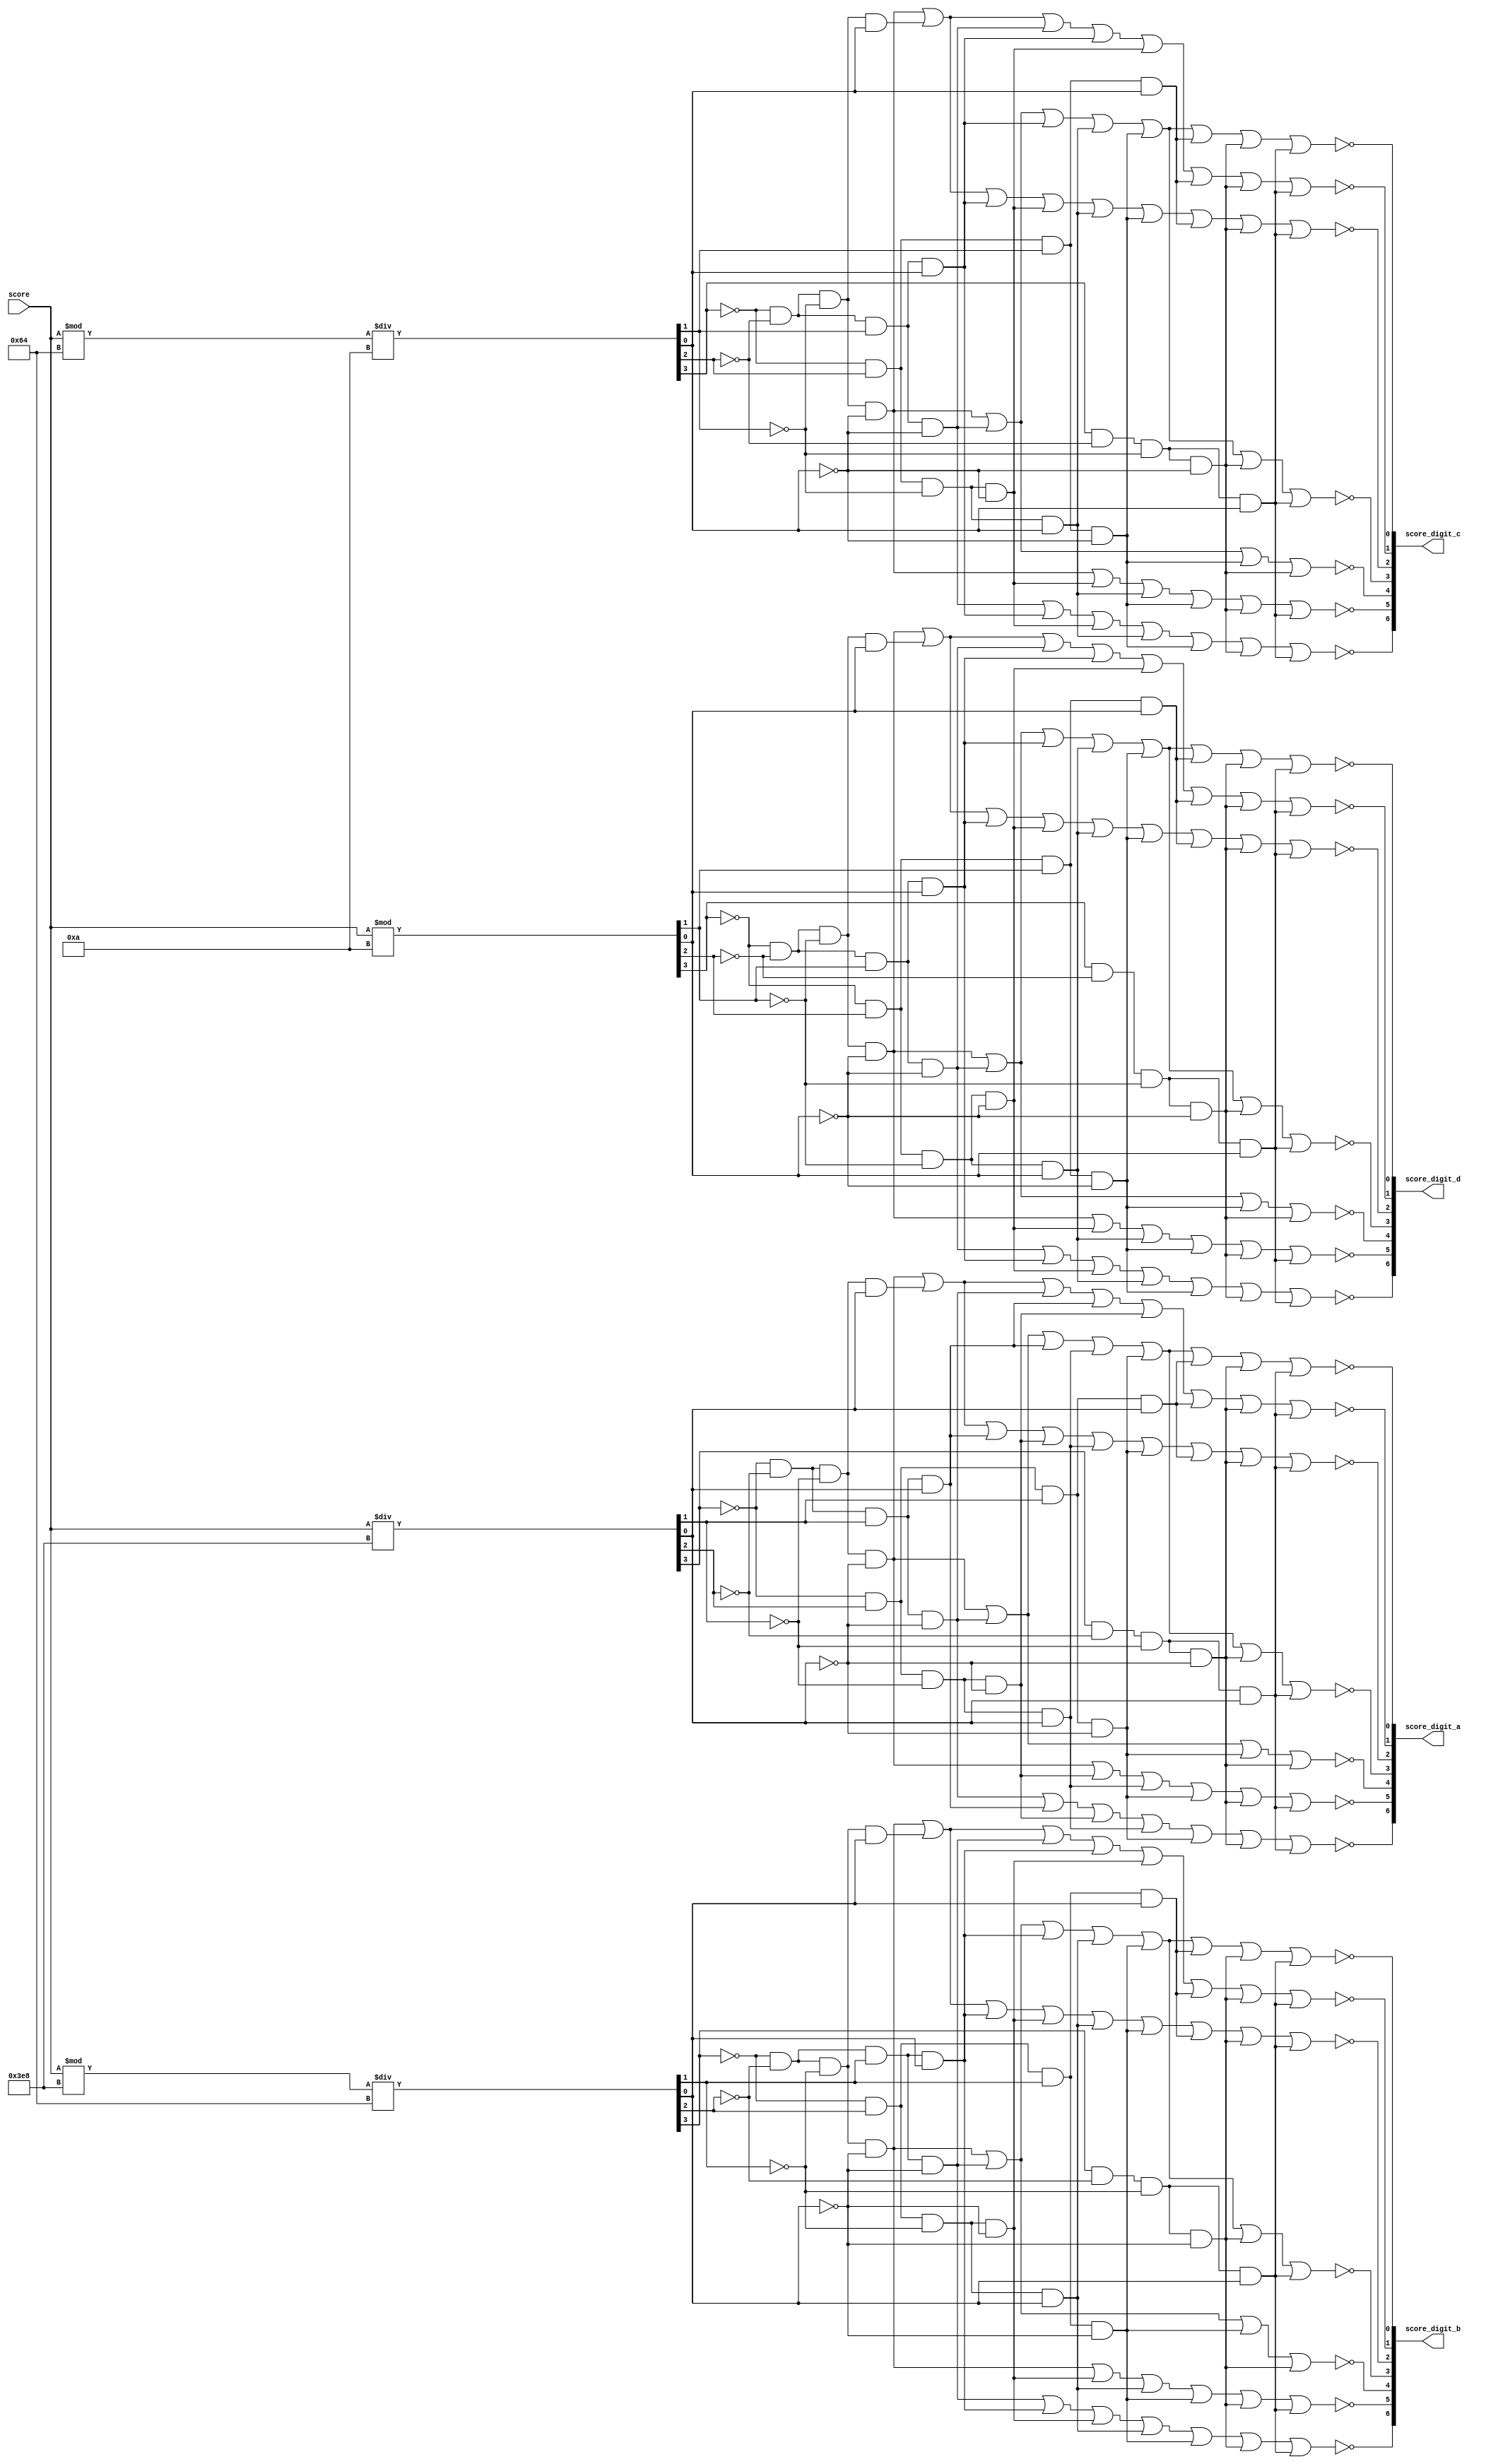
module score_converter(score, score_digit_a, score_digit_b, score_digit_c, score_digit_d);

	// displayed (left to right) as A B C D (D is least significant digit)

	input [31:0] score;
	output [6:0] score_digit_a, score_digit_b, score_digit_c, score_digit_d;
	
	wire [3:0] score_ones, score_tens, score_hundreds, score_thousands;
	
	assign score_ones = score % 32'd10;
	assign score_tens = (score % 32'd100) / 32'd10;
	assign score_hundreds = (score % 32'd1000) / 32'd100;
	assign score_thousands = score / 32'd1000;
	
	assign score_digit_d[0] = ~((~score_ones[3] && ~score_ones[2] && ~score_ones[1] && ~score_ones[0]) || 
				(~score_ones[3] && ~score_ones[2] && score_ones[1] && ~score_ones[0]) || 
				(~score_ones[3] && ~score_ones[2] && score_ones[1] && score_ones[0]) || 
				(~score_ones[3] && score_ones[2] && ~score_ones[1] && score_ones[0]) || 
				(~score_ones[3] && score_ones[2] && score_ones[1] && ~score_ones[0]) || 
				(~score_ones[3] && score_ones[2] && score_ones[1] && score_ones[0]) || 
				(score_ones[3] && ~score_ones[2] && ~score_ones[1] && ~score_ones[0]) || 
				(score_ones[3] && ~score_ones[2] && ~score_ones[1] && score_ones[0])); // 0 2 3 5 6 7 8 9
	assign score_digit_d[1] = ~((~score_ones[3] && ~score_ones[2] && ~score_ones[1] && ~score_ones[0]) || 
				(~score_ones[3] && ~score_ones[2] && ~score_ones[1] && score_ones[0]) || 
				(~score_ones[3] && ~score_ones[2] && score_ones[1] && ~score_ones[0]) || 
				(~score_ones[3] && ~score_ones[2] && score_ones[1] && score_ones[0]) || 
				(~score_ones[3] && score_ones[2] && ~score_ones[1] && ~score_ones[0]) || 
				(~score_ones[3] && score_ones[2] && score_ones[1] && score_ones[0]) || 
				(score_ones[3] && ~score_ones[2] && ~score_ones[1] && ~score_ones[0]) || 
				(score_ones[3] && ~score_ones[2] && ~score_ones[1] && score_ones[0])); // 0 1 2 3 4 7 8 9
	assign score_digit_d[2] = ~((~score_ones[3] && ~score_ones[2] && ~score_ones[1] && ~score_ones[0]) || 
				(~score_ones[3] && ~score_ones[2] && ~score_ones[1] && score_ones[0]) || 
				(~score_ones[3] && ~score_ones[2] && score_ones[1] && score_ones[0]) || 
				(~score_ones[3] && score_ones[2] && ~score_ones[1] && ~score_ones[0]) || 
				(~score_ones[3] && score_ones[2] && ~score_ones[1] && score_ones[0]) || 
				(~score_ones[3] && score_ones[2] && score_ones[1] && ~score_ones[0]) ||
				(~score_ones[3] && score_ones[2] && score_ones[1] && score_ones[0]) ||
				(score_ones[3] && ~score_ones[2] && ~score_ones[1] && ~score_ones[0]) || 
				(score_ones[3] && ~score_ones[2] && ~score_ones[1] && score_ones[0])); // 0 1 3 4 5 6 7 8 9
	assign score_digit_d[3] = ~((~score_ones[3] && ~score_ones[2] && ~score_ones[1] && ~score_ones[0]) || 
				(~score_ones[3] && ~score_ones[2] && score_ones[1] && ~score_ones[0]) || 
				(~score_ones[3] && ~score_ones[2] && score_ones[1] && score_ones[0]) || 
				(~score_ones[3] && score_ones[2] && ~score_ones[1] && score_ones[0]) || 
				(~score_ones[3] && score_ones[2] && score_ones[1] && ~score_ones[0]) || 
				(score_ones[3] && ~score_ones[2] && ~score_ones[1] && ~score_ones[0]) || 
				(score_ones[3] && ~score_ones[2] && ~score_ones[1] && score_ones[0])); // 0 2 3 5 6 8 9
	assign score_digit_d[4] = ~((~score_ones[3] && ~score_ones[2] && ~score_ones[1] && ~score_ones[0]) || 
				(~score_ones[3] && ~score_ones[2] && score_ones[1] && ~score_ones[0]) || 
				(~score_ones[3] && score_ones[2] && score_ones[1] && ~score_ones[0]) || 
				(score_ones[3] && ~score_ones[2] && ~score_ones[1] && ~score_ones[0])); // 0 2 6 8 
	assign score_digit_d[5] = ~((~score_ones[3] && ~score_ones[2] && ~score_ones[1] && ~score_ones[0]) || 
				(~score_ones[3] && score_ones[2] && ~score_ones[1] && ~score_ones[0]) || 
				(~score_ones[3] && score_ones[2] && ~score_ones[1] && score_ones[0]) || 
				(~score_ones[3] && score_ones[2] && score_ones[1] && ~score_ones[0]) ||
				(score_ones[3] && ~score_ones[2] && ~score_ones[1] && ~score_ones[0]) || 
				(score_ones[3] && ~score_ones[2] && ~score_ones[1] && score_ones[0])); // 0 4 5 6 8 9
	assign score_digit_d[6] = ~((~score_ones[3] && ~score_ones[2] && score_ones[1] && ~score_ones[0]) || 
				(~score_ones[3] && ~score_ones[2] && score_ones[1] && score_ones[0]) || 
				(~score_ones[3] && score_ones[2] && ~score_ones[1] && ~score_ones[0]) || 
				(~score_ones[3] && score_ones[2] && ~score_ones[1] && score_ones[0]) || 
				(~score_ones[3] && score_ones[2] && score_ones[1] && ~score_ones[0]) || 
				(score_ones[3] && ~score_ones[2] && ~score_ones[1] && ~score_ones[0]) || 
				(score_ones[3] && ~score_ones[2] && ~score_ones[1] && score_ones[0])); // 2 3 4 5 6 8 9
				
	assign score_digit_c[0] = ~((~score_tens[3] && ~score_tens[2] && ~score_tens[1] && ~score_tens[0]) || 
				(~score_tens[3] && ~score_tens[2] && score_tens[1] && ~score_tens[0]) || 
				(~score_tens[3] && ~score_tens[2] && score_tens[1] && score_tens[0]) || 
				(~score_tens[3] && score_tens[2] && ~score_tens[1] && score_tens[0]) || 
				(~score_tens[3] && score_tens[2] && score_tens[1] && ~score_tens[0]) || 
				(~score_tens[3] && score_tens[2] && score_tens[1] && score_tens[0]) || 
				(score_tens[3] && ~score_tens[2] && ~score_tens[1] && ~score_tens[0]) || 
				(score_tens[3] && ~score_tens[2] && ~score_tens[1] && score_tens[0])); // 0 2 3 5 6 7 8 9
	assign score_digit_c[1] = ~((~score_tens[3] && ~score_tens[2] && ~score_tens[1] && ~score_tens[0]) || 
				(~score_tens[3] && ~score_tens[2] && ~score_tens[1] && score_tens[0]) || 
				(~score_tens[3] && ~score_tens[2] && score_tens[1] && ~score_tens[0]) || 
				(~score_tens[3] && ~score_tens[2] && score_tens[1] && score_tens[0]) || 
				(~score_tens[3] && score_tens[2] && ~score_tens[1] && ~score_tens[0]) || 
				(~score_tens[3] && score_tens[2] && score_tens[1] && score_tens[0]) || 
				(score_tens[3] && ~score_tens[2] && ~score_tens[1] && ~score_tens[0]) || 
				(score_tens[3] && ~score_tens[2] && ~score_tens[1] && score_tens[0])); // 0 1 2 3 4 7 8 9
	assign score_digit_c[2] = ~((~score_tens[3] && ~score_tens[2] && ~score_tens[1] && ~score_tens[0]) || 
				(~score_tens[3] && ~score_tens[2] && ~score_tens[1] && score_tens[0]) || 
				(~score_tens[3] && ~score_tens[2] && score_tens[1] && score_tens[0]) || 
				(~score_tens[3] && score_tens[2] && ~score_tens[1] && ~score_tens[0]) || 
				(~score_tens[3] && score_tens[2] && ~score_tens[1] && score_tens[0]) || 
				(~score_tens[3] && score_tens[2] && score_tens[1] && ~score_tens[0]) ||
				(~score_tens[3] && score_tens[2] && score_tens[1] && score_tens[0]) ||
				(score_tens[3] && ~score_tens[2] && ~score_tens[1] && ~score_tens[0]) || 
				(score_tens[3] && ~score_tens[2] && ~score_tens[1] && score_tens[0])); // 0 1 3 4 5 6 7 8 9
	assign score_digit_c[3] = ~((~score_tens[3] && ~score_tens[2] && ~score_tens[1] && ~score_tens[0]) || 
				(~score_tens[3] && ~score_tens[2] && score_tens[1] && ~score_tens[0]) || 
				(~score_tens[3] && ~score_tens[2] && score_tens[1] && score_tens[0]) || 
				(~score_tens[3] && score_tens[2] && ~score_tens[1] && score_tens[0]) || 
				(~score_tens[3] && score_tens[2] && score_tens[1] && ~score_tens[0]) || 
				(score_tens[3] && ~score_tens[2] && ~score_tens[1] && ~score_tens[0]) || 
				(score_tens[3] && ~score_tens[2] && ~score_tens[1] && score_tens[0])); // 0 2 3 5 6 8 9
	assign score_digit_c[4] = ~((~score_tens[3] && ~score_tens[2] && ~score_tens[1] && ~score_tens[0]) || 
				(~score_tens[3] && ~score_tens[2] && score_tens[1] && ~score_tens[0]) || 
				(~score_tens[3] && score_tens[2] && score_tens[1] && ~score_tens[0]) || 
				(score_tens[3] && ~score_tens[2] && ~score_tens[1] && ~score_tens[0])); // 0 2 6 8 
	assign score_digit_c[5] = ~((~score_tens[3] && ~score_tens[2] && ~score_tens[1] && ~score_tens[0]) || 
				(~score_tens[3] && score_tens[2] && ~score_tens[1] && ~score_tens[0]) || 
				(~score_tens[3] && score_tens[2] && ~score_tens[1] && score_tens[0]) || 
				(~score_tens[3] && score_tens[2] && score_tens[1] && ~score_tens[0]) ||
				(score_tens[3] && ~score_tens[2] && ~score_tens[1] && ~score_tens[0]) || 
				(score_tens[3] && ~score_tens[2] && ~score_tens[1] && score_tens[0])); // 0 4 5 6 8 9
	assign score_digit_c[6] = ~((~score_tens[3] && ~score_tens[2] && score_tens[1] && ~score_tens[0]) || 
				(~score_tens[3] && ~score_tens[2] && score_tens[1] && score_tens[0]) || 
				(~score_tens[3] && score_tens[2] && ~score_tens[1] && ~score_tens[0]) || 
				(~score_tens[3] && score_tens[2] && ~score_tens[1] && score_tens[0]) || 
				(~score_tens[3] && score_tens[2] && score_tens[1] && ~score_tens[0]) || 
				(score_tens[3] && ~score_tens[2] && ~score_tens[1] && ~score_tens[0]) || 
				(score_tens[3] && ~score_tens[2] && ~score_tens[1] && score_tens[0])); // 2 3 4 5 6 8 9
				
	assign score_digit_b[0] = ~((~score_hundreds[3] && ~score_hundreds[2] && ~score_hundreds[1] && ~score_hundreds[0]) || 
				(~score_hundreds[3] && ~score_hundreds[2] && score_hundreds[1] && ~score_hundreds[0]) || 
				(~score_hundreds[3] && ~score_hundreds[2] && score_hundreds[1] && score_hundreds[0]) || 
				(~score_hundreds[3] && score_hundreds[2] && ~score_hundreds[1] && score_hundreds[0]) || 
				(~score_hundreds[3] && score_hundreds[2] && score_hundreds[1] && ~score_hundreds[0]) || 
				(~score_hundreds[3] && score_hundreds[2] && score_hundreds[1] && score_hundreds[0]) || 
				(score_hundreds[3] && ~score_hundreds[2] && ~score_hundreds[1] && ~score_hundreds[0]) || 
				(score_hundreds[3] && ~score_hundreds[2] && ~score_hundreds[1] && score_hundreds[0])); // 0 2 3 5 6 7 8 9
	assign score_digit_b[1] = ~((~score_hundreds[3] && ~score_hundreds[2] && ~score_hundreds[1] && ~score_hundreds[0]) || 
				(~score_hundreds[3] && ~score_hundreds[2] && ~score_hundreds[1] && score_hundreds[0]) || 
				(~score_hundreds[3] && ~score_hundreds[2] && score_hundreds[1] && ~score_hundreds[0]) || 
				(~score_hundreds[3] && ~score_hundreds[2] && score_hundreds[1] && score_hundreds[0]) || 
				(~score_hundreds[3] && score_hundreds[2] && ~score_hundreds[1] && ~score_hundreds[0]) || 
				(~score_hundreds[3] && score_hundreds[2] && score_hundreds[1] && score_hundreds[0]) || 
				(score_hundreds[3] && ~score_hundreds[2] && ~score_hundreds[1] && ~score_hundreds[0]) || 
				(score_hundreds[3] && ~score_hundreds[2] && ~score_hundreds[1] && score_hundreds[0])); // 0 1 2 3 4 7 8 9
	assign score_digit_b[2] = ~((~score_hundreds[3] && ~score_hundreds[2] && ~score_hundreds[1] && ~score_hundreds[0]) || 
				(~score_hundreds[3] && ~score_hundreds[2] && ~score_hundreds[1] && score_hundreds[0]) || 
				(~score_hundreds[3] && ~score_hundreds[2] && score_hundreds[1] && score_hundreds[0]) || 
				(~score_hundreds[3] && score_hundreds[2] && ~score_hundreds[1] && ~score_hundreds[0]) || 
				(~score_hundreds[3] && score_hundreds[2] && ~score_hundreds[1] && score_hundreds[0]) || 
				(~score_hundreds[3] && score_hundreds[2] && score_hundreds[1] && ~score_hundreds[0]) ||
				(~score_hundreds[3] && score_hundreds[2] && score_hundreds[1] && score_hundreds[0]) ||
				(score_hundreds[3] && ~score_hundreds[2] && ~score_hundreds[1] && ~score_hundreds[0]) || 
				(score_hundreds[3] && ~score_hundreds[2] && ~score_hundreds[1] && score_hundreds[0])); // 0 1 3 4 5 6 7 8 9
	assign score_digit_b[3] = ~((~score_hundreds[3] && ~score_hundreds[2] && ~score_hundreds[1] && ~score_hundreds[0]) || 
				(~score_hundreds[3] && ~score_hundreds[2] && score_hundreds[1] && ~score_hundreds[0]) || 
				(~score_hundreds[3] && ~score_hundreds[2] && score_hundreds[1] && score_hundreds[0]) || 
				(~score_hundreds[3] && score_hundreds[2] && ~score_hundreds[1] && score_hundreds[0]) || 
				(~score_hundreds[3] && score_hundreds[2] && score_hundreds[1] && ~score_hundreds[0]) || 
				(score_hundreds[3] && ~score_hundreds[2] && ~score_hundreds[1] && ~score_hundreds[0]) || 
				(score_hundreds[3] && ~score_hundreds[2] && ~score_hundreds[1] && score_hundreds[0])); // 0 2 3 5 6 8 9
	assign score_digit_b[4] = ~((~score_hundreds[3] && ~score_hundreds[2] && ~score_hundreds[1] && ~score_hundreds[0]) || 
				(~score_hundreds[3] && ~score_hundreds[2] && score_hundreds[1] && ~score_hundreds[0]) || 
				(~score_hundreds[3] && score_hundreds[2] && score_hundreds[1] && ~score_hundreds[0]) || 
				(score_hundreds[3] && ~score_hundreds[2] && ~score_hundreds[1] && ~score_hundreds[0])); // 0 2 6 8 
	assign score_digit_b[5] = ~((~score_hundreds[3] && ~score_hundreds[2] && ~score_hundreds[1] && ~score_hundreds[0]) || 
				(~score_hundreds[3] && score_hundreds[2] && ~score_hundreds[1] && ~score_hundreds[0]) || 
				(~score_hundreds[3] && score_hundreds[2] && ~score_hundreds[1] && score_hundreds[0]) || 
				(~score_hundreds[3] && score_hundreds[2] && score_hundreds[1] && ~score_hundreds[0]) ||
				(score_hundreds[3] && ~score_hundreds[2] && ~score_hundreds[1] && ~score_hundreds[0]) || 
				(score_hundreds[3] && ~score_hundreds[2] && ~score_hundreds[1] && score_hundreds[0])); // 0 4 5 6 8 9
	assign score_digit_b[6] = ~((~score_hundreds[3] && ~score_hundreds[2] && score_hundreds[1] && ~score_hundreds[0]) || 
				(~score_hundreds[3] && ~score_hundreds[2] && score_hundreds[1] && score_hundreds[0]) || 
				(~score_hundreds[3] && score_hundreds[2] && ~score_hundreds[1] && ~score_hundreds[0]) || 
				(~score_hundreds[3] && score_hundreds[2] && ~score_hundreds[1] && score_hundreds[0]) || 
				(~score_hundreds[3] && score_hundreds[2] && score_hundreds[1] && ~score_hundreds[0]) || 
				(score_hundreds[3] && ~score_hundreds[2] && ~score_hundreds[1] && ~score_hundreds[0]) || 
				(score_hundreds[3] && ~score_hundreds[2] && ~score_hundreds[1] && score_hundreds[0])); // 2 3 4 5 6 8 9
				
	assign score_digit_a[0] = ~((~score_thousands[3] && ~score_thousands[2] && ~score_thousands[1] && ~score_thousands[0]) || 
				(~score_thousands[3] && ~score_thousands[2] && score_thousands[1] && ~score_thousands[0]) || 
				(~score_thousands[3] && ~score_thousands[2] && score_thousands[1] && score_thousands[0]) || 
				(~score_thousands[3] && score_thousands[2] && ~score_thousands[1] && score_thousands[0]) || 
				(~score_thousands[3] && score_thousands[2] && score_thousands[1] && ~score_thousands[0]) || 
				(~score_thousands[3] && score_thousands[2] && score_thousands[1] && score_thousands[0]) || 
				(score_thousands[3] && ~score_thousands[2] && ~score_thousands[1] && ~score_thousands[0]) || 
				(score_thousands[3] && ~score_thousands[2] && ~score_thousands[1] && score_thousands[0])); // 0 2 3 5 6 7 8 9
	assign score_digit_a[1] = ~((~score_thousands[3] && ~score_thousands[2] && ~score_thousands[1] && ~score_thousands[0]) || 
				(~score_thousands[3] && ~score_thousands[2] && ~score_thousands[1] && score_thousands[0]) || 
				(~score_thousands[3] && ~score_thousands[2] && score_thousands[1] && ~score_thousands[0]) || 
				(~score_thousands[3] && ~score_thousands[2] && score_thousands[1] && score_thousands[0]) || 
				(~score_thousands[3] && score_thousands[2] && ~score_thousands[1] && ~score_thousands[0]) || 
				(~score_thousands[3] && score_thousands[2] && score_thousands[1] && score_thousands[0]) || 
				(score_thousands[3] && ~score_thousands[2] && ~score_thousands[1] && ~score_thousands[0]) || 
				(score_thousands[3] && ~score_thousands[2] && ~score_thousands[1] && score_thousands[0])); // 0 1 2 3 4 7 8 9
	assign score_digit_a[2] = ~((~score_thousands[3] && ~score_thousands[2] && ~score_thousands[1] && ~score_thousands[0]) || 
				(~score_thousands[3] && ~score_thousands[2] && ~score_thousands[1] && score_thousands[0]) || 
				(~score_thousands[3] && ~score_thousands[2] && score_thousands[1] && score_thousands[0]) || 
				(~score_thousands[3] && score_thousands[2] && ~score_thousands[1] && ~score_thousands[0]) || 
				(~score_thousands[3] && score_thousands[2] && ~score_thousands[1] && score_thousands[0]) || 
				(~score_thousands[3] && score_thousands[2] && score_thousands[1] && ~score_thousands[0]) ||
				(~score_thousands[3] && score_thousands[2] && score_thousands[1] && score_thousands[0]) ||
				(score_thousands[3] && ~score_thousands[2] && ~score_thousands[1] && ~score_thousands[0]) || 
				(score_thousands[3] && ~score_thousands[2] && ~score_thousands[1] && score_thousands[0])); // 0 1 3 4 5 6 7 8 9
	assign score_digit_a[3] = ~((~score_thousands[3] && ~score_thousands[2] && ~score_thousands[1] && ~score_thousands[0]) || 
				(~score_thousands[3] && ~score_thousands[2] && score_thousands[1] && ~score_thousands[0]) || 
				(~score_thousands[3] && ~score_thousands[2] && score_thousands[1] && score_thousands[0]) || 
				(~score_thousands[3] && score_thousands[2] && ~score_thousands[1] && score_thousands[0]) || 
				(~score_thousands[3] && score_thousands[2] && score_thousands[1] && ~score_thousands[0]) || 
				(score_thousands[3] && ~score_thousands[2] && ~score_thousands[1] && ~score_thousands[0]) || 
				(score_thousands[3] && ~score_thousands[2] && ~score_thousands[1] && score_thousands[0])); // 0 2 3 5 6 8 9
	assign score_digit_a[4] = ~((~score_thousands[3] && ~score_thousands[2] && ~score_thousands[1] && ~score_thousands[0]) || 
				(~score_thousands[3] && ~score_thousands[2] && score_thousands[1] && ~score_thousands[0]) || 
				(~score_thousands[3] && score_thousands[2] && score_thousands[1] && ~score_thousands[0]) || 
				(score_thousands[3] && ~score_thousands[2] && ~score_thousands[1] && ~score_thousands[0])); // 0 2 6 8 
	assign score_digit_a[5] = ~((~score_thousands[3] && ~score_thousands[2] && ~score_thousands[1] && ~score_thousands[0]) || 
				(~score_thousands[3] && score_thousands[2] && ~score_thousands[1] && ~score_thousands[0]) || 
				(~score_thousands[3] && score_thousands[2] && ~score_thousands[1] && score_thousands[0]) || 
				(~score_thousands[3] && score_thousands[2] && score_thousands[1] && ~score_thousands[0]) ||
				(score_thousands[3] && ~score_thousands[2] && ~score_thousands[1] && ~score_thousands[0]) || 
				(score_thousands[3] && ~score_thousands[2] && ~score_thousands[1] && score_thousands[0])); // 0 4 5 6 8 9
	assign score_digit_a[6] = ~((~score_thousands[3] && ~score_thousands[2] && score_thousands[1] && ~score_thousands[0]) || 
				(~score_thousands[3] && ~score_thousands[2] && score_thousands[1] && score_thousands[0]) || 
				(~score_thousands[3] && score_thousands[2] && ~score_thousands[1] && ~score_thousands[0]) || 
				(~score_thousands[3] && score_thousands[2] && ~score_thousands[1] && score_thousands[0]) || 
				(~score_thousands[3] && score_thousands[2] && score_thousands[1] && ~score_thousands[0]) || 
				(score_thousands[3] && ~score_thousands[2] && ~score_thousands[1] && ~score_thousands[0]) || 
				(score_thousands[3] && ~score_thousands[2] && ~score_thousands[1] && score_thousands[0])); // 2 3 4 5 6 8 9
	
endmodule